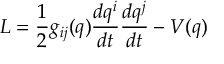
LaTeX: L = \frac { 1 } { 2 } g _ { i j } ( q ) \frac { d q ^ { i } } { d t } \frac { d q ^ { j } } { d t } - V ( q )